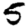
Digit: 5